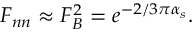
F _ { n n } \approx F _ { B } ^ { 2 } = e ^ { - 2 / 3 \pi \alpha _ { s } } .